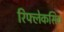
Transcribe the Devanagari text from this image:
रिफ्लेकसिव